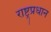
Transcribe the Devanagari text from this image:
राष्ट्रप्रधान